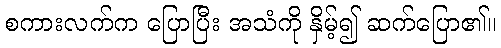
စကားလက်က ပြောပြီး အသံကို နှိမ့်၍ ဆက်ပြော၏။